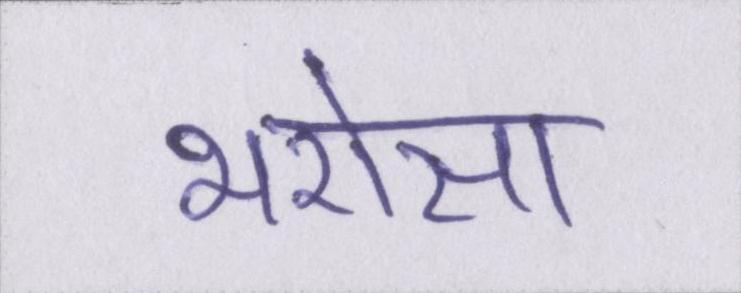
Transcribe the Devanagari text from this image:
भरोसा